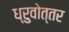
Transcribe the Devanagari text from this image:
ध्रुवोत्तर